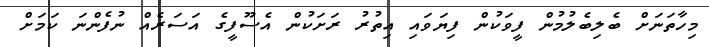
މިހާތަނަށް ބެލިބެލުމުން ފީވަކުން ފިޔަވައި އިތުރު ރަށަކުން އެސޫފީގެ އަސަރެއް ނުފެންނަ ކަމަށް